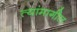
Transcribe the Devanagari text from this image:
त्यांमागील